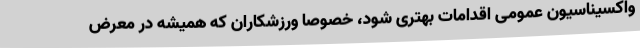
واکسیناسیون عمومی اقدامات بهتری شود، خصوصا ورزشکاران که همیشه در معرض